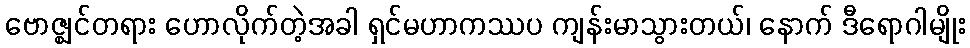
ဗောဇ္ဈင်တရား ဟောလိုက်တဲ့အခါ ရှင်မဟာကဿပ ကျန်းမာသွားတယ်၊ နောက် ဒီရောဂါမျိုး